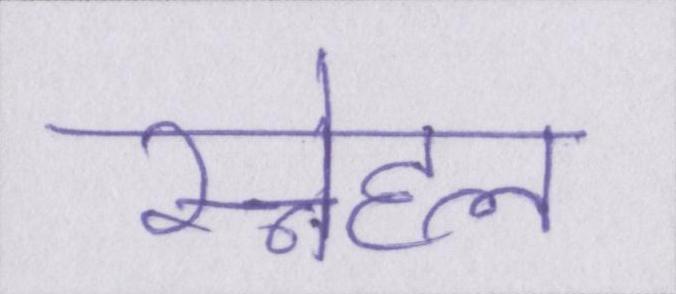
स्नेहल